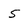
Character: 5